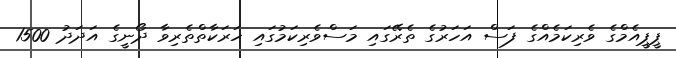
ޕީޕީއެމްގެ ވެރިކަމެއްގެ ފަސް އަހަރުގެ ތެރޭގައި މަސްވެރިކަމުގައި ހަރަކާތްތެރިވާ ދޯނީގެ އަދަދު 1500